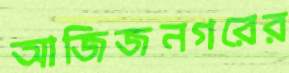
আজিজনগরের